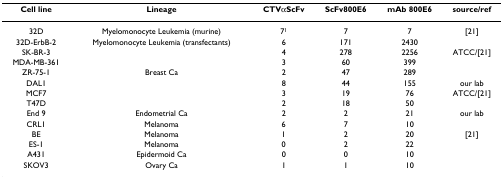
| Cell line | Lineage | CTVαScFv | ScFv800E6 | mAb 800E6 | source/ref |
 | --- | --- | --- | --- | --- | --- |
 | 32D | Myelomonocyte Leukemia (murine) | 71 | 7 | 7 | [21] |
 | 32D-ErbB-2 | Myelomonocyte Leukemia (transfectants) | 6 | 171 | 2430 |  |
 | SK-BR-3 |  | 4 | 278 | 2256 | ATCC/[21] |
 | MDA-MB-361 |  | 3 | 60 | 399 |  |
 | ZR-75-1 | Breast Ca | 2 | 47 | 289 |  |
 | DAL1 |  | 8 | 44 | 155 | our lab |
 | MCF7 |  | 3 | 19 | 76 | ATCC/[21] |
 | T47D |  | 2 | 18 | 50 |  |
 | End 9 | Endometrial Ca | 2 | 2 | 21 | our lab |
 | CRL1 | Melanoma | 6 | 7 | 10 |  |
 | BE | Melanoma | 1 | 2 | 20 | [21] |
 | ES-1 | Melanoma | 0 | 2 | 22 |  |
 | A431 | Epidermoid Ca | 0 | 0 | 10 |  |
 | SKOV3 | Ovary Ca | 1 | 1 | 10 |  |